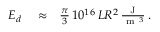
\begin{array} { r l r } { E _ { d } } & { { } \approx } & { \frac { \pi } { 3 } \, 1 0 ^ { 1 6 } \, L R ^ { 2 } \, \frac { \mathrm { ~ J ~ } } { \mathrm { ~ m ~ } ^ { 3 } } \, . } \end{array}